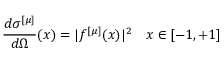
\frac { d \sigma ^ { [ \mu ] } } { d \Omega } ( x ) = \vert f ^ { [ \mu ] } ( x ) \vert ^ { 2 } \, \, \, \, \, \, x \in [ - 1 , + 1 ]